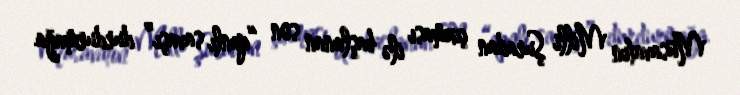
Müsavatın Milli Şuradan çıxması ilə başlanan son “qanlı savaşı” durdurmağa